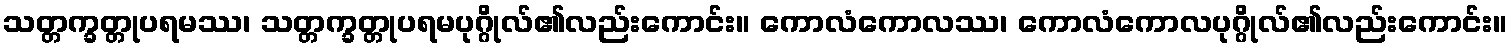
သတ္တက္ခတ္တုပရမဿ၊ သတ္တက္ခတ္တုပရမပုဂ္ဂိုလ်၏လည်းကောင်း။ ကောလံကောလဿ၊ ကောလံကောလပုဂ္ဂိုလ်၏လည်းကောင်း။